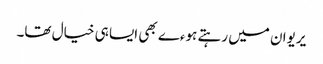
یریوان میں رہتے ہوءے بھی ایسا ہی خیال تھا۔